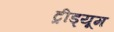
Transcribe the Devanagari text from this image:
ट्रीड्यूम